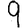
Digit: 9